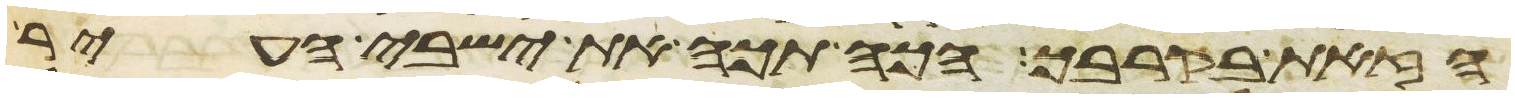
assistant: הזאת בקרבך הכה תכה את ישבי העיר